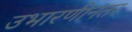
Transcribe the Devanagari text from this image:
उभारणीनंतर